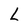
Character: L